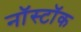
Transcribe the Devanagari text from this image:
नॉस्टॉक